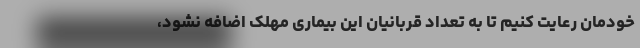
خودمان رعایت کنیم تا به تعداد قربانیان این بیماری مهلک اضافه نشود،